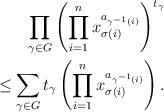
LaTeX: \begin{align*} \prod_{\gamma \in G} \left( \prod_{i=1}^n x_{\sigma(i)}^{ a_{\gamma ^{-1}(i)} } \right)^{ t_{\gamma}} \\\leq \sum_{\gamma \in G} t_{\gamma} \left( \prod_{i=1}^n x_{\sigma(i)}^{ a_{\gamma ^{-1}(i)} } \right). \end{align*}